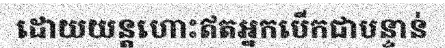
ដោយយន្តហោះឥតអ្នកបើកជាបន្ទាន់